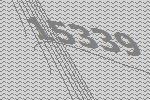
15339